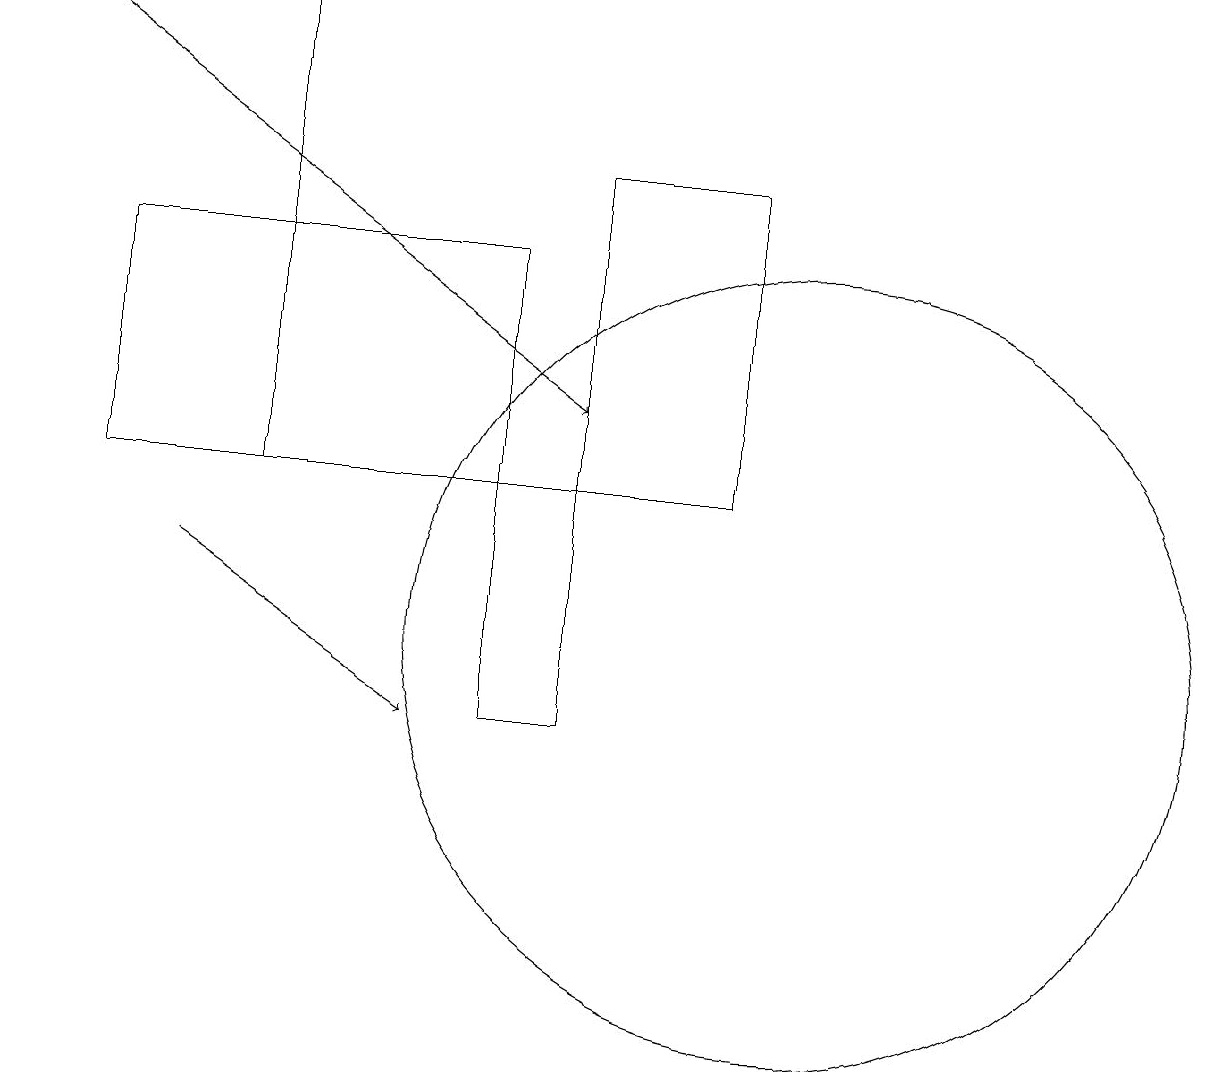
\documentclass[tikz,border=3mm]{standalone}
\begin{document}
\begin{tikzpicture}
\draw (3,13) rectangle (3,19);
\draw[->] (2,12) -- (5,10);
\draw (7,13) rectangle (9,17);
\draw (10,11) circle (5);
\draw (6,16) rectangle (1,13);
\draw (6,13) rectangle (7,10);
\draw[->] (0,19) -- (7,14);
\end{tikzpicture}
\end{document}